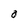
Character: O